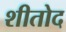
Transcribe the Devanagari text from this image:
शीतोद